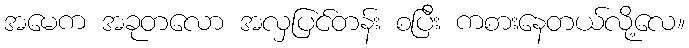
အမေက အခုတလော အလှပြင်တန်း စပြီး ကစားနေတယ်လို့လေ။